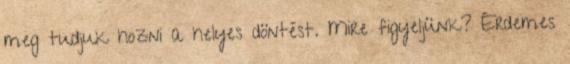
meg tudjuk hozni a helyes döntést. Mire figyeljünk? Érdemes